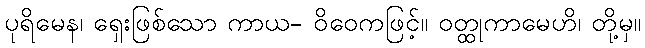
ပုရိမေန၊ ရှေးဖြစ်သော ကာယ- ဝိဝေကဖြင့်။ ဝတ္ထုကာမေဟိ၊ တို့မှ။